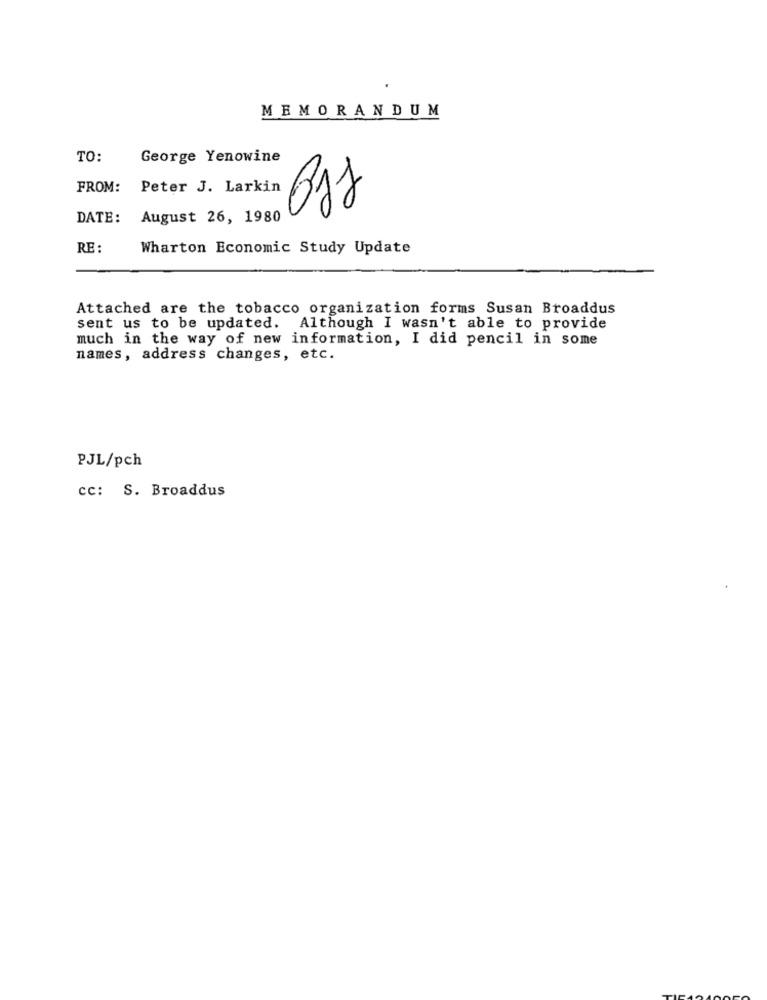
MEMORANDUM
TO:
George Yenowine
FROM: Peter J. Larkin
Bjj
DATE:
August 26, 1980
RE :
Wharton Economic Study Update
Attached are the tobacco organization forms Susan Broaddus
sent us to be updated. Although I wasn't able to provide
much in the way of new information, I did pencil in some
names, address changes, etc.
PJL/pch
cc: S. Broaddus